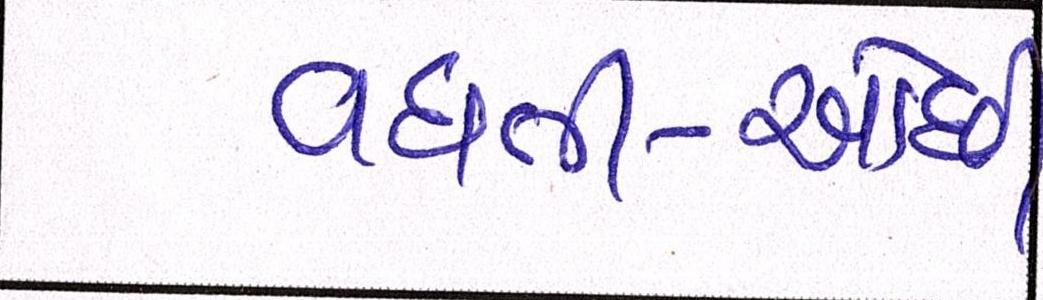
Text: વધતી-ઓછી